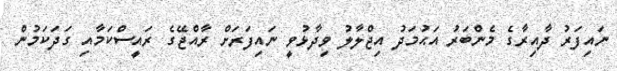
ނައިފަރު ދާއިރާގެ މެންބަރު އަޙުމަދު އިޖްލާލު ވިދާޅުވީ ނައިފަރަށް ރާއްޖޭގެ ރައީސްކަމާއި ގަދަކަމުން